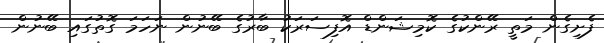
ފެށިގެން މަތީ ރޭންކުގެ ކޮމިޝަންޑް އޮފިސަރަކު ބާރުގެ ބޭނުން ނަހަމަ ގޮތުގައި ބޭނުން